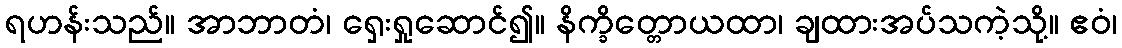
ရဟန်းသည်။ အာဘာတံ၊ ရှေးရှုဆောင်၍။ နိက္ခိတ္တောယထာ၊ ချထားအပ်သကဲ့သို့။ ဧဝံ၊